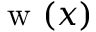
\mathrm { ~ w ~ } ( x )